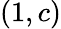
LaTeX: \left(1,c\right)